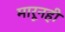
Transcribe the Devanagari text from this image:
मारूनही